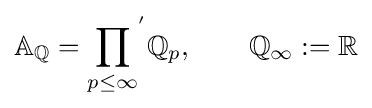
\mathbb {A} _{\mathbb {Q} }={\prod _{p\leq \infty }}^{'}\mathbb {Q} _{p},\qquad \mathbb {Q} _{\infty }:=\mathbb {R}